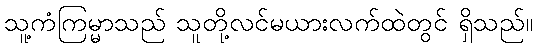
သူ့ကံကြမ္မာသည် သူတို့လင်မယားလက်ထဲတွင် ရှိသည်။